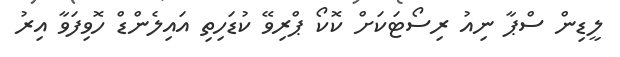
ލީޑިން ސްޕާ ނިއު ރިސޯޓަކަށް ކޮކޯ ޕްރިވޭ ކުޑަހިތި އައިލެންޑް ހޮވިފަވާ އިރު